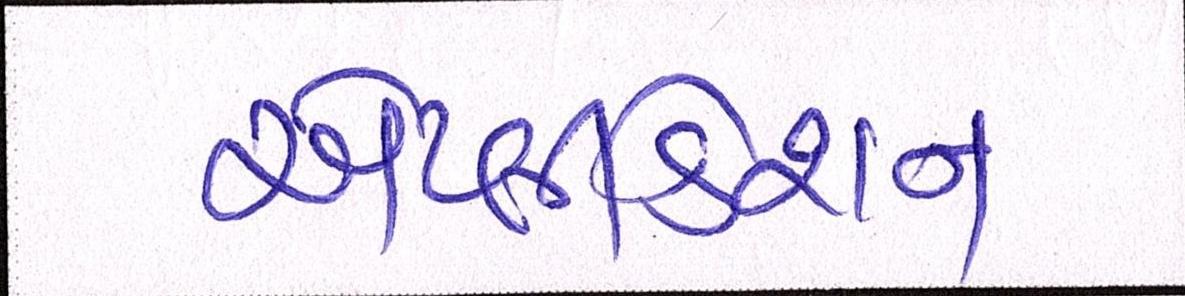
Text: એપ્લીકેશન